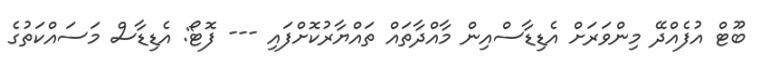
ބޫޓް އުފެއްދޭ މިންވަރަށް އެޑިޑާސްއިން މާއްދާތައް ތައްޔާރުކޮށްފައި --- ފޮޓޯ: އެޑިޑާސް މަސައްކަތުގެ